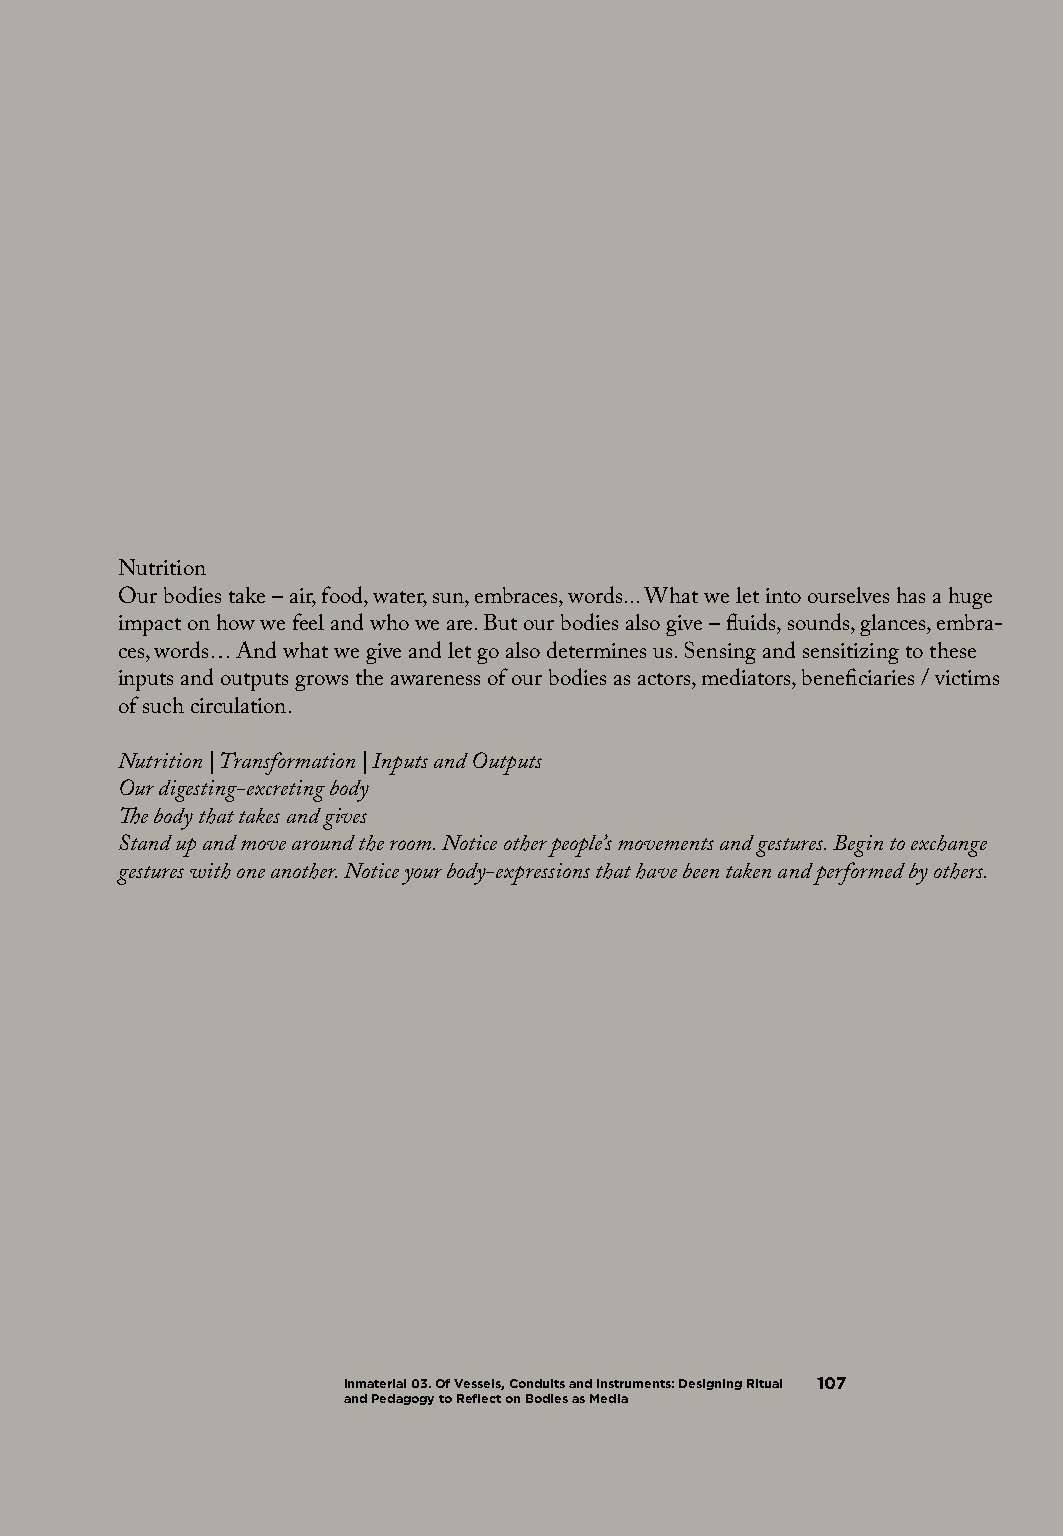
Nutrition
 Our bodies take – air, food, water, sun, embraces, words... What we let into ourselves has a huge
 impact on how we feel and who we are. But our bodies also give – fluids, sounds, glances, embra-
 ces, words… And what we give and let go also determines us. Sensing and sensitizing to these
 inputs and outputs grows the awareness of our bodies as actors, mediators, beneficiaries / victims
 of such circulation.
 Nutrition | Transformation | Inputs and Outputs
 Our digesting-excreting body
 The body that takes and gives
 Stand up and move around the room. Notice other people’s movements and gestures. Begin to exchange
 gestures with one another. Notice your body-expressions that have been taken and performed by others.
 Inmaterial 03. Of Vessels, Conduits and Instruments: Designing Ritual 107
 and Pedagogy to Reflect on Bodies as Media